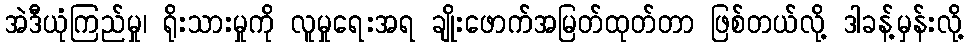
အဲဒီယုံကြည်မှု၊ ရိုးသားမှုကို လူမှုရေးအရ ချိုးဖောက်အမြတ်ထုတ်တာ ဖြစ်တယ်လို့ ဒါခန့်မှန်းလို့